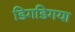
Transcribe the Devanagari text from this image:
डिगडिगया